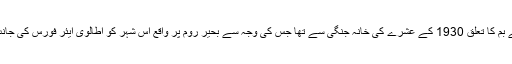
بارسلونا سٹی ہال کے مطابق ناکارہ بنائے جانے والے بم کا تعلق 1930 کے عشرے کی خانہ جنگی سے تھا جس کی وجہ سے بحیر روم پر واقع اس شہر کو اطالوی ایئر فورس کی جانب سے بڑی تعداد میں بم حملوں کا سامنا کرنا پڑا تھا۔